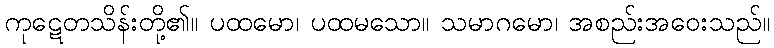
ကုဋေတသိန်းတို့၏။ ပထမော၊ ပထမသော။ သမာဂမော၊ အစည်းအဝေးသည်။